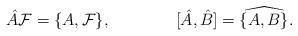
LaTeX: \begin{align*}\hat A{\cal F}=\{A,{\cal F}\},\qquad\qquad[\hat A,\hat B]=\widehat{\{A,B\}}.\end{align*}